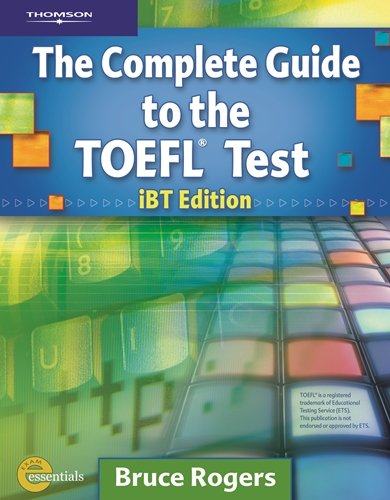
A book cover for Complete Guide to the Toefl Test: IBT/E(Complete Guide to the Toefl Test); Bruce Rogers; Test Preparation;